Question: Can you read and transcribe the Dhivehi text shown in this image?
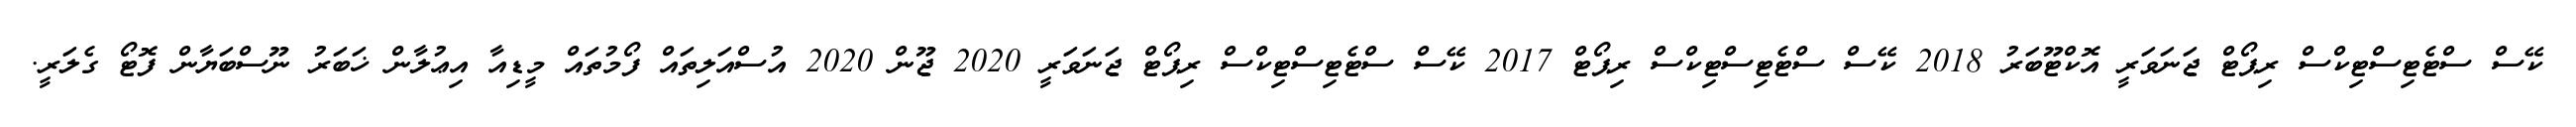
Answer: ކޭސް ސްޓެޓިސްޓިކްސް ރިޕޯޓް ޖަނަވަރީ އޮކްޓޫބަރު 2018 ކޭސް ސްޓެޓިސްޓިކްސް ރިޕޯޓް 2017 ކޭސް ސްޓެޓިސްޓިކްސް ރިޕޯޓް ޖަނަވަރީ 2020 ޖޫން 2020 އުސްއަލިތައް ފޯމުތައް މީޑިއާ އިޢުލާން ޚަބަރު ނޫސްބަޔާން ފޮޓޯ ގެލަރީ.